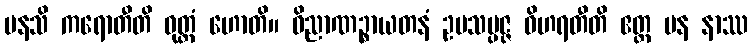
မနသိ ကရောတီတိ ဝုတ္တံ ဟောတိ။ ဝိညာဏဉ္စာယတနံ ဥပသမ္ပဇ္ဇ ဝိဟရတီတိ ဧတ္ထ ပန နာဿ